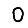
Digit: 0